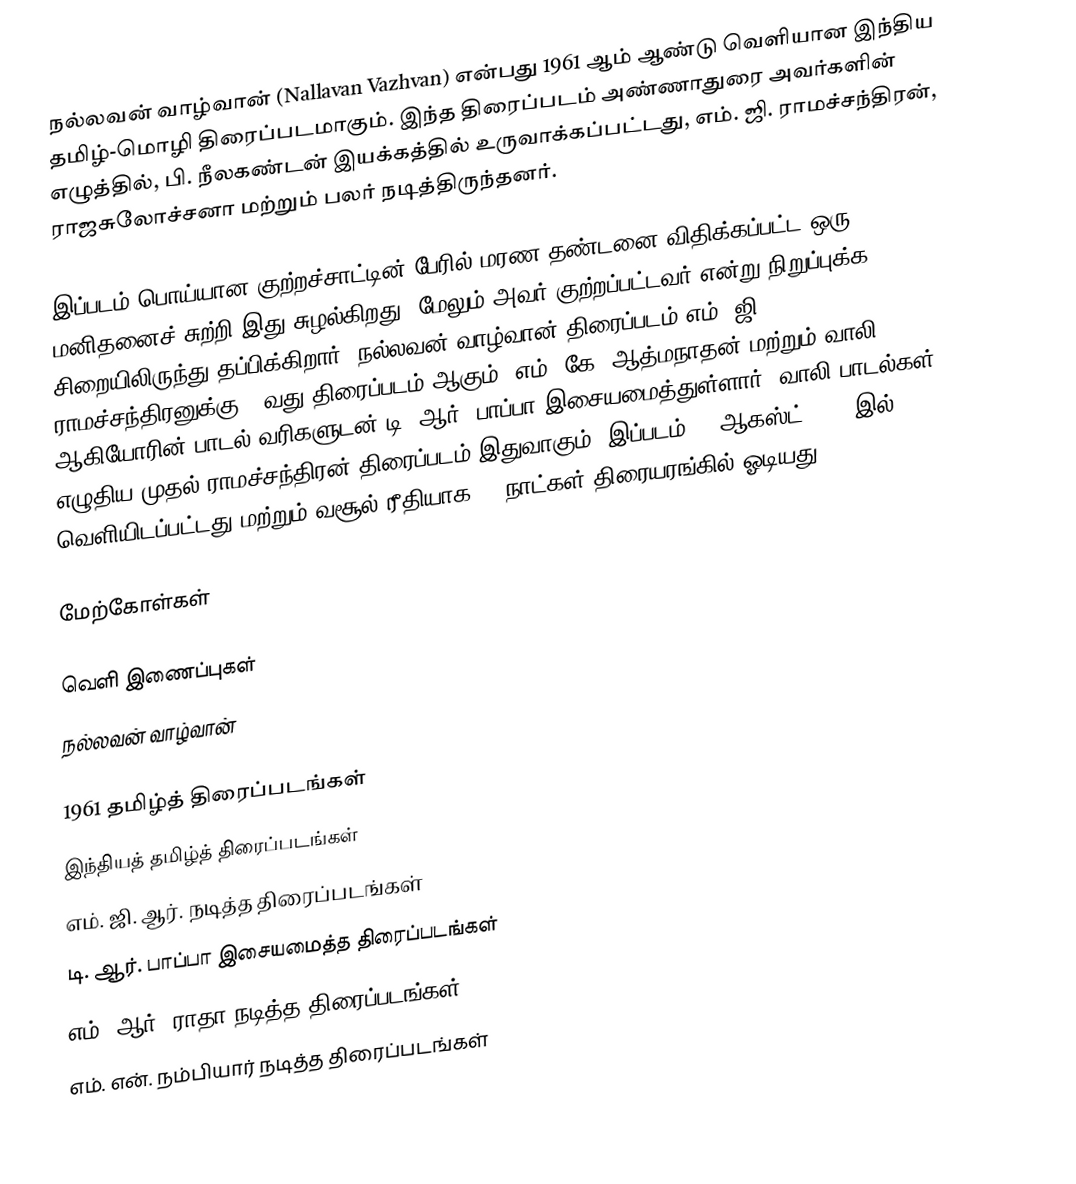
நல்லவன் வாழ்வான் (Nallavan Vazhvan) என்பது 1961 ஆம் ஆண்டு வெளியான இந்திய தமிழ்-மொழி திரைப்படமாகும். இந்த திரைப்படம் அண்ணாதுரை அவர்களின் எழுத்தில், பி. நீலகண்டன் இயக்கத்தில் உருவாக்கப்பட்டது, எம். ஜி. ராமச்சந்திரன், ராஜசுலோச்சனா மற்றும் பலர் நடித்திருந்தனர்.

இப்படம் பொய்யான குற்றச்சாட்டின் பேரில் மரண தண்டனை விதிக்கப்பட்ட ஒரு மனிதனைச் சுற்றி இது சுழல்கிறது, மேலும் அவர் குற்றப்பட்டவர் என்று நிறுப்புக்க சிறையிலிருந்து தப்பிக்கிறார். நல்லவன் வாழ்வான் திரைப்படம் எம். ஜி. ராமச்சந்திரனுக்கு 50வது திரைப்படம் ஆகும். எம். கே. ஆத்மநாதன் மற்றும் வாலி ஆகியோரின் பாடல் வரிகளுடன் டி. ஆர். பாப்பா இசையமைத்துள்ளார். வாலி பாடல்கள் எழுதிய முதல் ராமச்சந்திரன் திரைப்படம் இதுவாகும். இப்படம் 31 ஆகஸ்ட் 1961 இல் வெளியிடப்பட்டது மற்றும் வசூல் ரீதியாக 80 நாட்கள் திரையரங்கில் ஓடியது.

மேற்கோள்கள்

வெளி இணைப்புகள்
 நல்லவன் வாழ்வான்

1961 தமிழ்த் திரைப்படங்கள்
இந்தியத் தமிழ்த் திரைப்படங்கள்
எம். ஜி. ஆர். நடித்த திரைப்படங்கள்
டி. ஆர். பாப்பா இசையமைத்த திரைப்படங்கள்
எம். ஆர். ராதா நடித்த திரைப்படங்கள்
எம். என். நம்பியார் நடித்த திரைப்படங்கள்